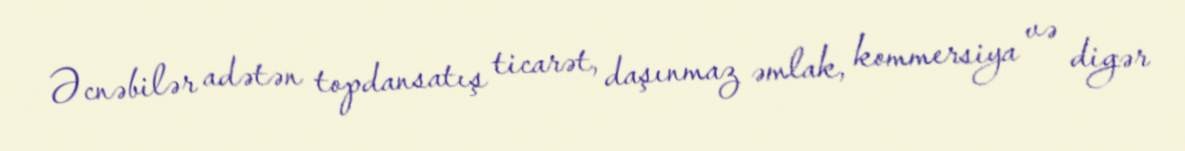
Əcnəbilər adətən topdansatış ticarət, daşınmaz əmlak, kommersiya və digər